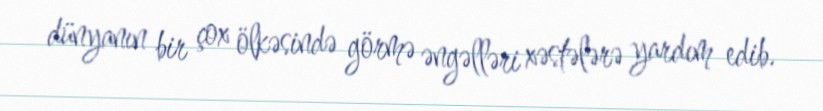
dünyanın bir çox ölkəsində görmə əngəlləri xəstələrə yardım edib.